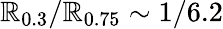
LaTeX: \mathbb{R}_{0.3}/\mathbb{R}_{0.75}\sim1/6.2